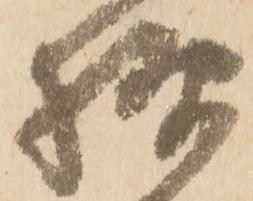
様